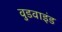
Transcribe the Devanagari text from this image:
वुडवाइंड